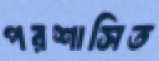
পরশাসিত